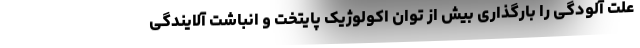
علت آلودگی را بارگذاری بیش از توان اکولوژیک پایتخت و انباشت آلایندگی